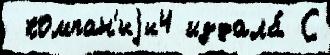
 компан'иjи4 издала́ С